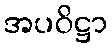
အပဝိဋ္ဌာ